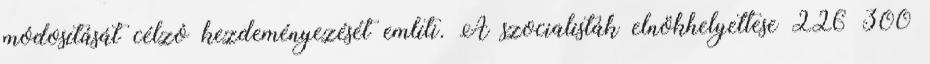
módosítását célzó kezdeményezését említi. A szocialisták elnökhelyettese 226 300